Vaccination Hyderabad 1890-1903 - 1890-1903
Year: 1890
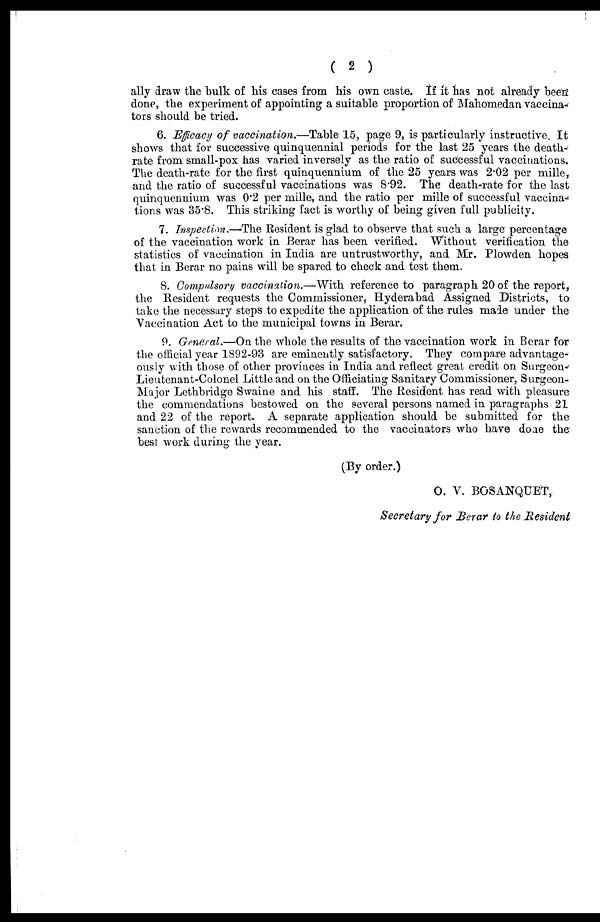
( 2 )
ally draw the bulk of his cases from his own caste. If it has not already been
done, the experiment of appointing a suitable proportion of Mahomedan vaccina¬
tors should be tried.
6. Efficacy of vaccination.—Table 15, page 9, is particularly instructive. It
shows that for successive quinquennial periods for the last 25 years the death¬
rate from small-pox has varied inversely as the ratio of successful vaccinations.
The death-rate for the first quinquennium of the 25 years was 2.02 per mille,
and the ratio of successful vaccinations was 8.92. The death-rate for the last
quinquennium was 0.2 per mille, and the ratio per mille of successful vaccina-
tions was 35.8. This striking fact is worthy of being given full publicity.
7. Inspection.—The Resident is glad to observe that such a large percentage
of the vaccination work in Berar has been verified. Without verification the
statistics of vaccination in India are untrustworthy, and Mr. Plowden hopes
that in Berar no pains will be spared to check and test them.
8. Compulsory vaccination.—With reference to paragraph 20 of the report,
the Resident requests the Commissioner, Hyderabad Assigned Districts, to
take the necessary steps to expedite the application of the rules made under the
Vaccination Act to the municipal towns in Berar.
9. General.—On the whole the results of the vaccination work in Berar for
the official year 1892-93 are eminently satisfactory. They compare advantage-
ously with those of other provinces in India and reflect great credit on Surgeon¬
Lieutenant-Colonel Little and on the Officiating Sanitary Commissioner, Surgeon-
Major Lethbridge Swaine and his staff. The Resident has read with pleasure
the commendations bestowed on the several persons named in paragraphs 21
and 22 of the report. A separate application should be submitted for the
sanction of the rewards recommended to the vaccinators who have done the
best work during the year.
(By order.)
O. V. BOSANQUET,
Secretary for Berar to the Resident